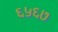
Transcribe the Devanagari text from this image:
६५६७